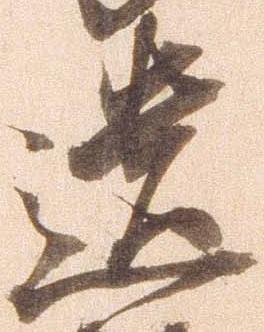
遺